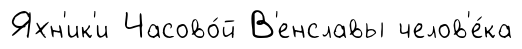
Яхн'ик'и Часово́й В'енславы челов'е́ка